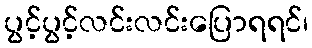
ပွင့်ပွင့်လင်းလင်းပြောရရင်၊